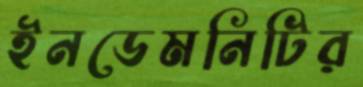
ইনডেমনিটির